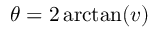
\theta = 2 \arctan ( v )